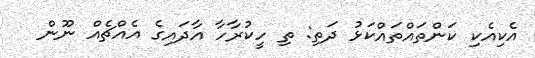
އެކިއެކި ކަންތައްތައްކަޅު ދަތި: ތި ހީކުރާހާ އާދައިގެ އެއްޗެއް ނޫން